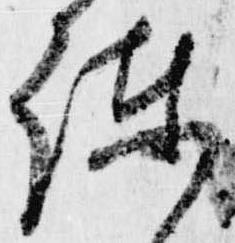
諫